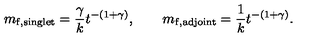
m _ { \mathrm { f , s i n g l e t } } = \frac { \gamma } { k } t ^ { - ( 1 + \gamma ) } , \qquad m _ { \mathrm { f , a d j o i n t } } = \frac { 1 } { k } t ^ { - ( 1 + \gamma ) } .